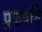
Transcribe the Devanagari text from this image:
प्रकर्षांने